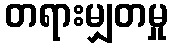
တရားမျှတမှု